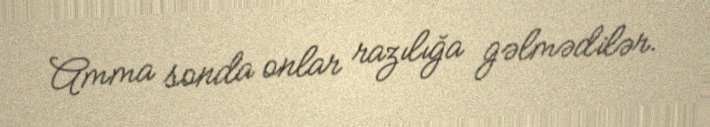
Amma sonda onlar razılığa gəlmədilər.